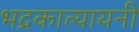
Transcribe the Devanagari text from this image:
भद्रकात्यायनी